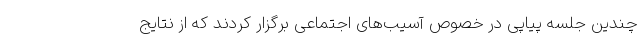
چندین جلسه پیاپی در خصوص آسیب‌های اجتماعی برگزار کردند که از نتایج